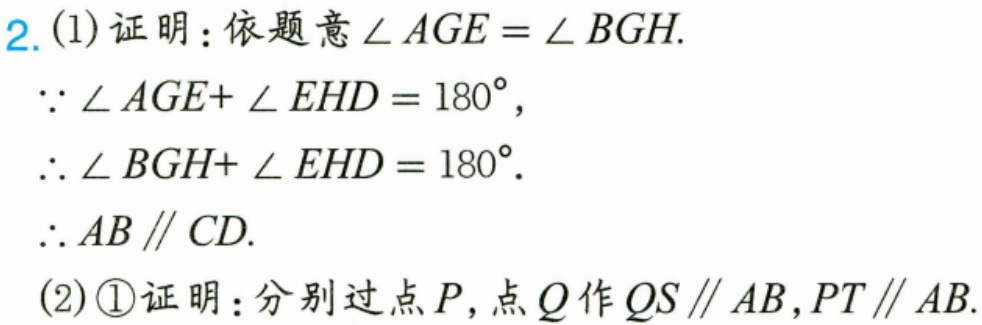
2. (1)证明：依题意\(\angle AGE=\angle BGH\).
\(\because\angle AGE + \angle EHD=180^{\circ}\)，
\(\therefore\angle BGH+\angle EHD = 180^{\circ}\).
\(\therefore AB\parallel CD\).
(2)\textcircled{1}证明：分别过点\(P\)，点\(Q\)作\(QS\parallel AB\)，\(PT\parallel AB\).